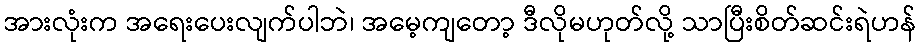
အားလုံးက အရေးပေးလျက်ပါဘဲ၊ အမေ့ကျတော့ ဒီလိုမဟုတ်လို့ သာပြီးစိတ်ဆင်းရဲဟန်